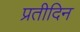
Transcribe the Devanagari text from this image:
प्रतीदिन